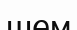
шем